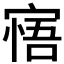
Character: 𡩺